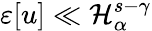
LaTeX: \varepsilon[u]\ll\mathcal{H}_{\alpha}^{s-\gamma}